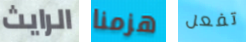
الرايث هزمنا تفعل